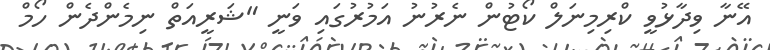
އޭނާ ވިދާޅުވީ ކްރިމިނަލް ކޯޓުން ނެރުނު އަމުރުގައި ވަނީ "ޝަރީއަތް ނިމެންދެން ހޯމް